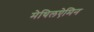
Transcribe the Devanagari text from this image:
मेथिलऐमिन